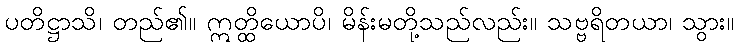
ပတိဋ္ဌာသိ၊ တည်၏။ ဣတ္ထိယောပိ၊ မိန်းမတို့သည်လည်း။ သဗ္ဗရိတယာ၊ သွား။